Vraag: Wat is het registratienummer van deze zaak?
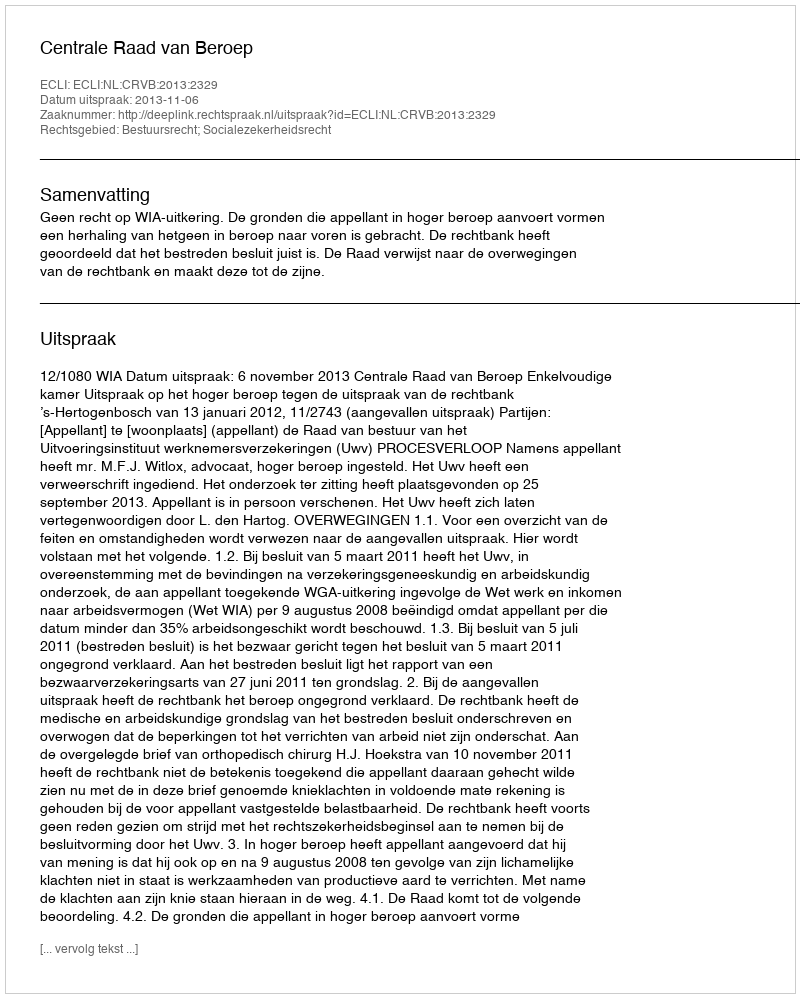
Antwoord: http://deeplink.rechtspraak.nl/uitspraak?id=ECLI:NL:CRVB:2013:2329